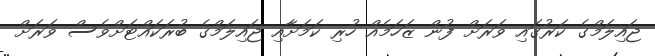
ޖައިލަމްގެ ކަރުގައި ވަރަށް ފުން ޒަހަމެއް ހުރި ކަމަށާއި ޖައިލަމްގެ ބުރަކައްޓަށްވެސް ވަރަށް